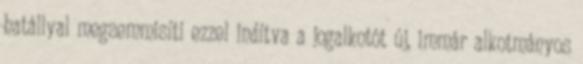
hatállyal megsemmisíti ezzel indítva a jogalkotót új, immár alkotmányos